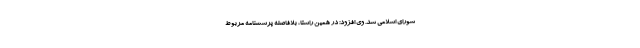
شورای اسلامی شد. وی افزود: در همین راستا، بلافاصله پرسشنامه مربوط